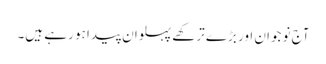
آج نوجوان اور بڑے ترکھے پہلوان پیدا ہو رہے ہیں۔